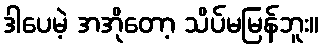
ဒါပေမဲ့ အအိုတော့ သိပ်မမြန်ဘူး။